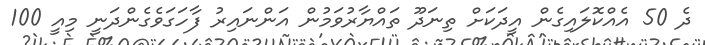
ދެ 50 އެއްކޮލައިގެން އީދަކަށް ތިނަދޫ ތައްޔާރުވަމުން އަންނައިރު ފާހަގަވެގެންދަނީ މިއީ 100